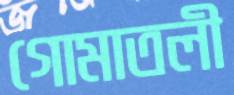
গোমাতলী